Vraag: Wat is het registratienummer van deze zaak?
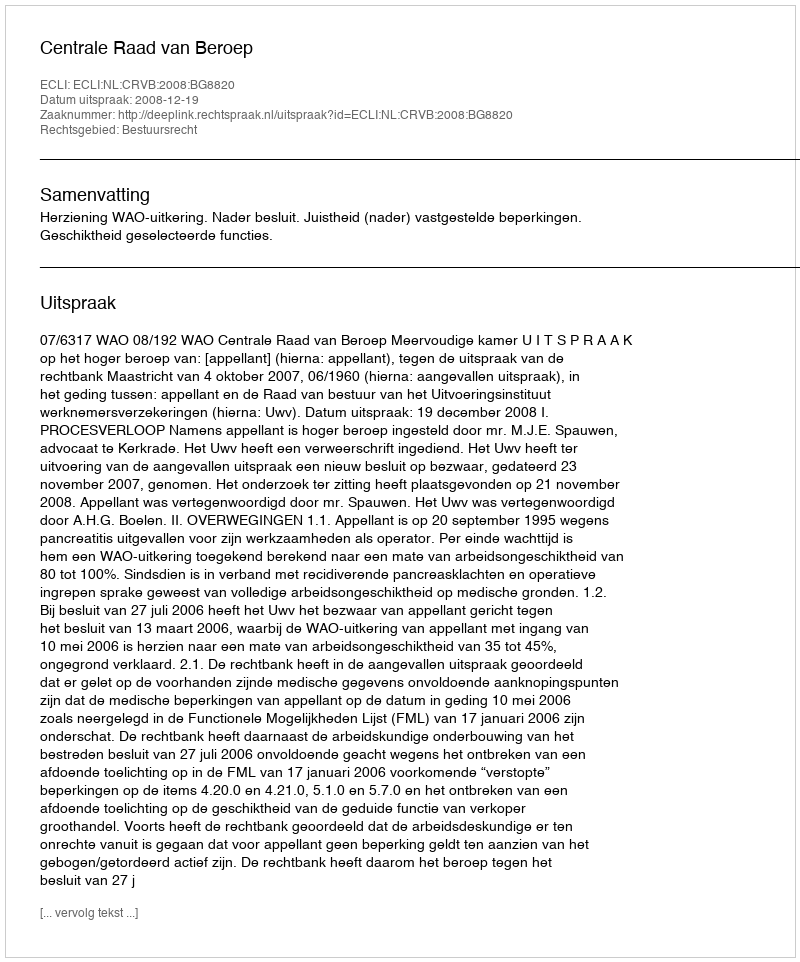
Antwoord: http://deeplink.rechtspraak.nl/uitspraak?id=ECLI:NL:CRVB:2008:BG8820